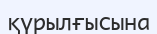
қүрылғысына